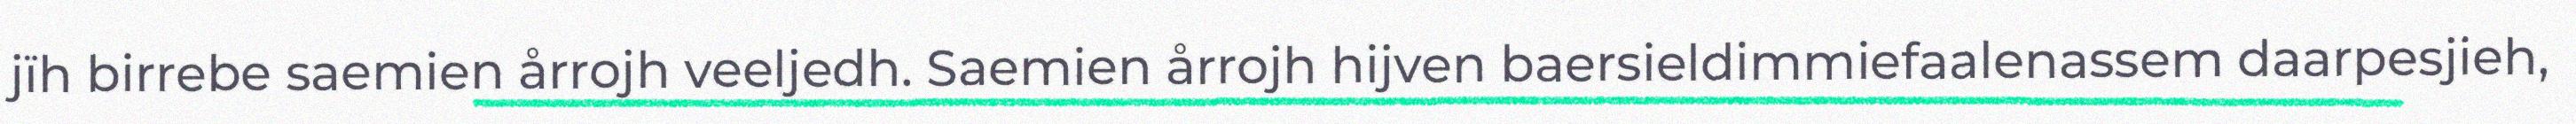
jïh birrebe saemien årrojh veeljedh. Saemien årrojh hijven baersieldimmiefaalenassem daarpesjieh,